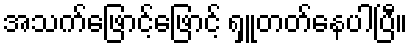
အသက်ဖြောင့်ဖြောင့် ရှူတတ်နေပါပြီ။